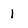
Character: 1